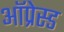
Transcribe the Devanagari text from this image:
ऑप्रेस्ड